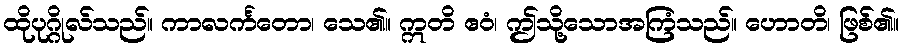
ထိုပုဂ္ဂိုလ်သည်။ ကာလင်္ကတော၊ သေ၏။ ဣတိ ဧဝံ၊ ဤသို့သောအကြံသည်။ ဟောတိ၊ ဖြစ်၏။